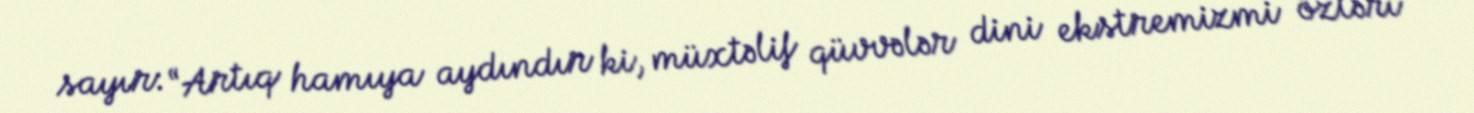
sayır: “Artıq hamıya aydındır ki, müxtəlif qüvvələr dini ekstremizmi özləri